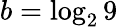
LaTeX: b=\log_{2}9